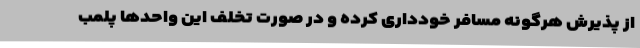
از پذیرش هرگونه مسافر خودداری کرده و در صورت تخلف این واحدها پلمب